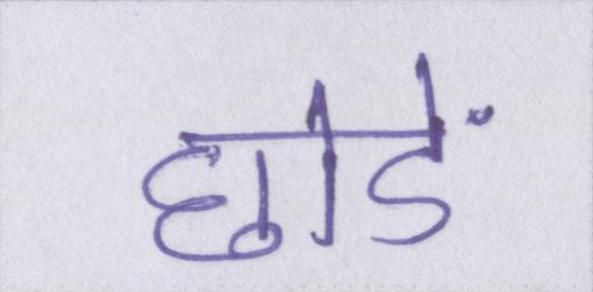
छोडें